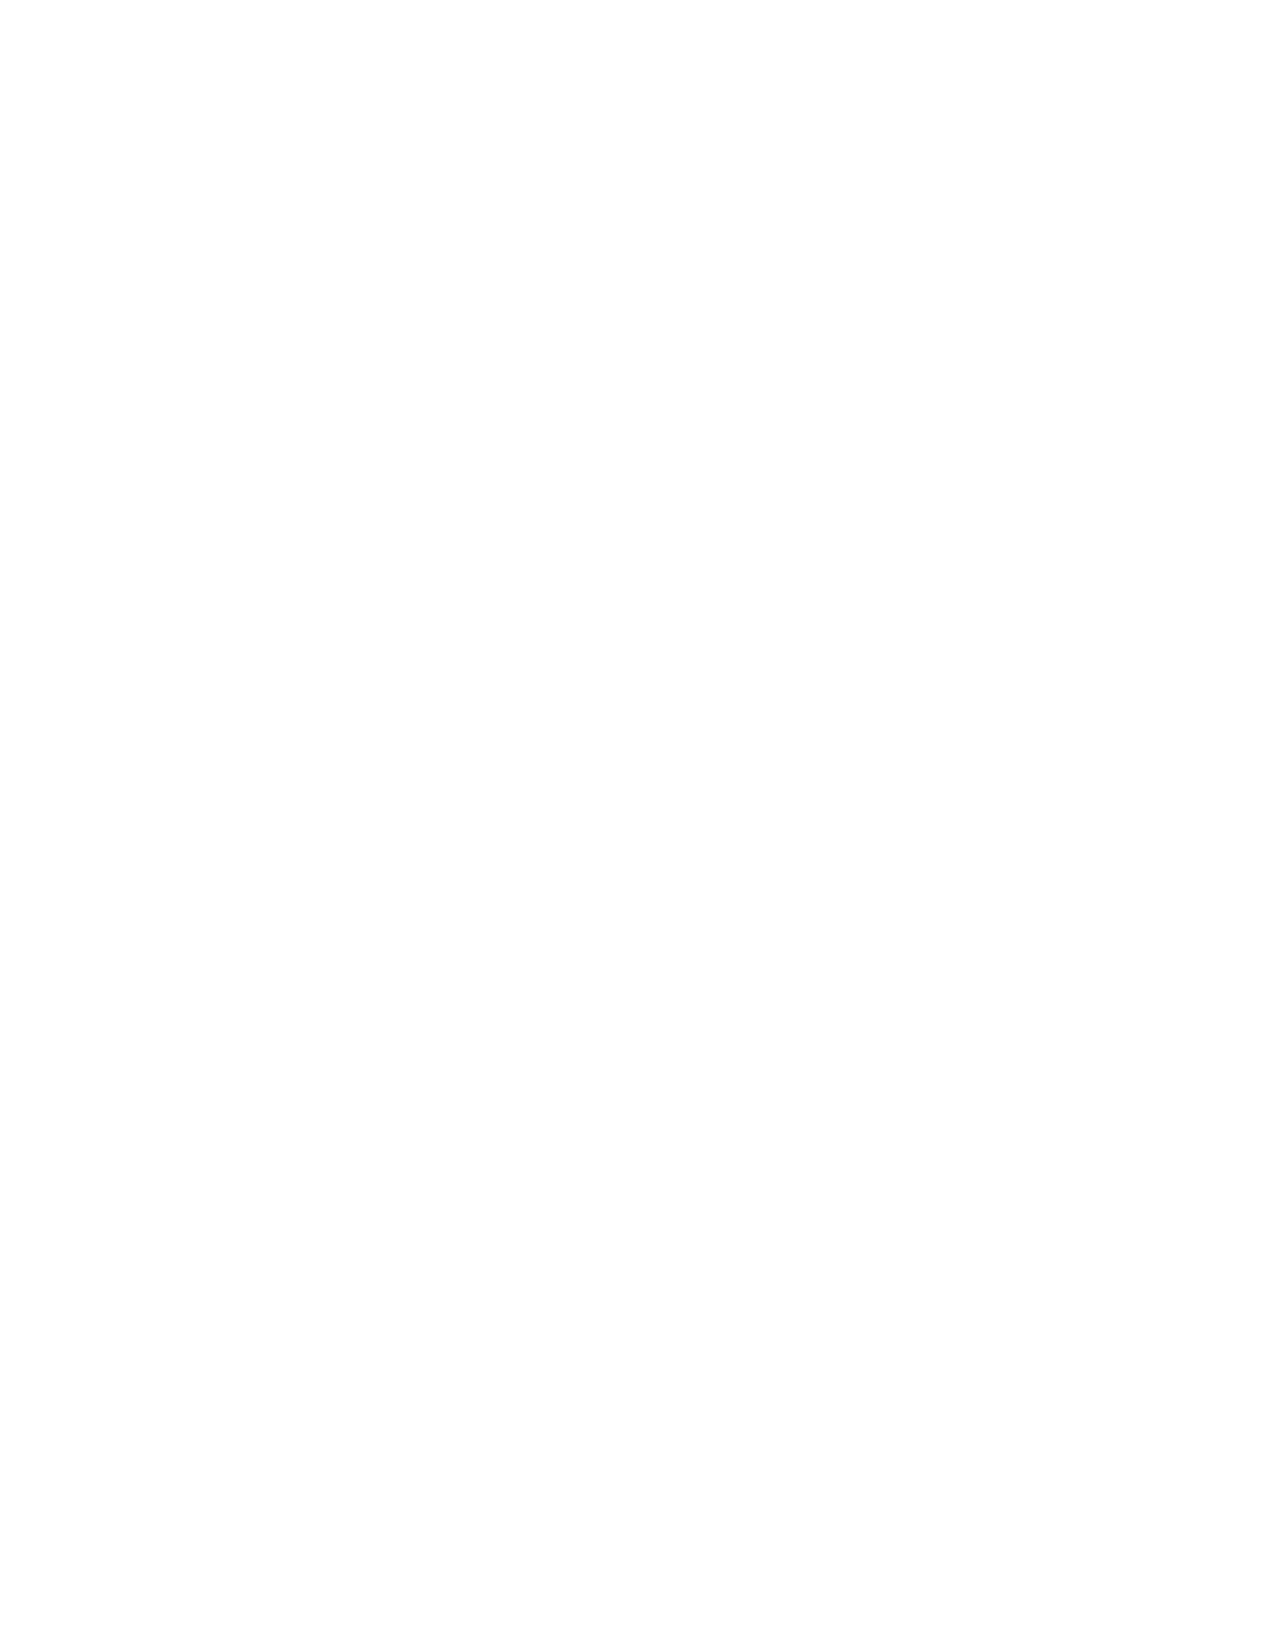
HHSS__CCrreeaattiivvee__GGuuiiddeePPFF__MMSS..iinndddd 22                   22//55//2200 1122::1122 PPMM